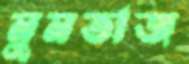
মুমতাজ